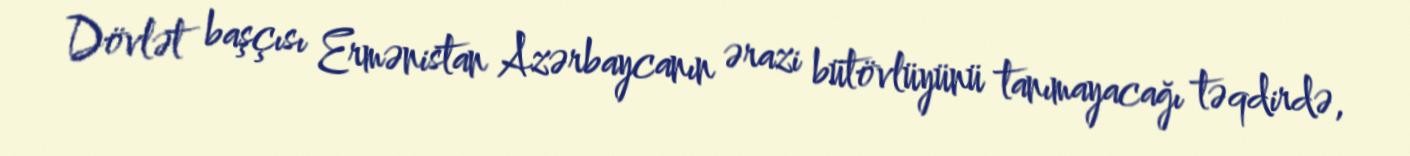
Dövlət başçısı Ermənistan Azərbaycanın ərazi bütövlüyünü tanımayacağı təqdirdə,